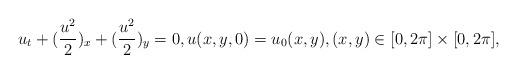
LaTeX: \begin{align*}u_t+(\frac{u^2}{2})_x+(\frac{u^2}{2})_y=0,u(x,y,0)=u_0(x,y),(x,y)\in[0,2\pi]\times [0,2\pi],\end{align*}